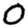
Digit: 0